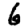
Digit: 6